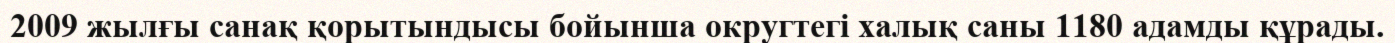
2009 жылғы санақ қорытындысы бойынша округтегі халық саны 1180 адамды құрады.